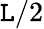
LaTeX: \mathtt{L}/2